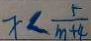
x < \frac { 5 } { m + 4 }